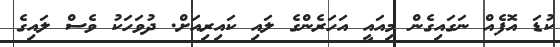
ކުޑަ އޮފެއް ނަގައިގެން މިއައީ އަހަރެންގެ ލައި ކައިރިއަށް. ދުވަހަކު ވެސް ލައިގެ